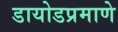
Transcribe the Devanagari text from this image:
डायोडप्रमाणे